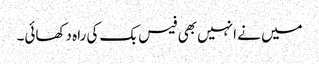
میں نے انہیں بھی فیس بک کی راہ دکھائی۔